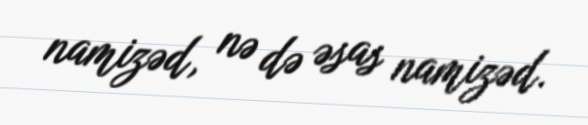
namizəd, nə də əsas namizəd.